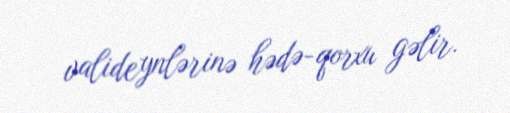
valideynlərinə hədə-qorxu gəlir.